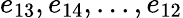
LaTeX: e_{13},e_{14},...,e_{12}